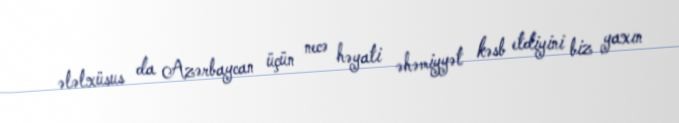
ələlxüsus da Azərbaycan üçün necə həyati əhəmiyyət kəsb etdiyini biz yaxın